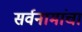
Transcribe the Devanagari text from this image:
सर्वनामांचा